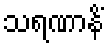
သရဏာနိံ